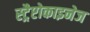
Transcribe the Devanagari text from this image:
स्ट्रैप्टोकाइनेज